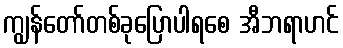
ကျွန်တော်တစ်ခုပြောပါရစေ အီဘရာဟင်